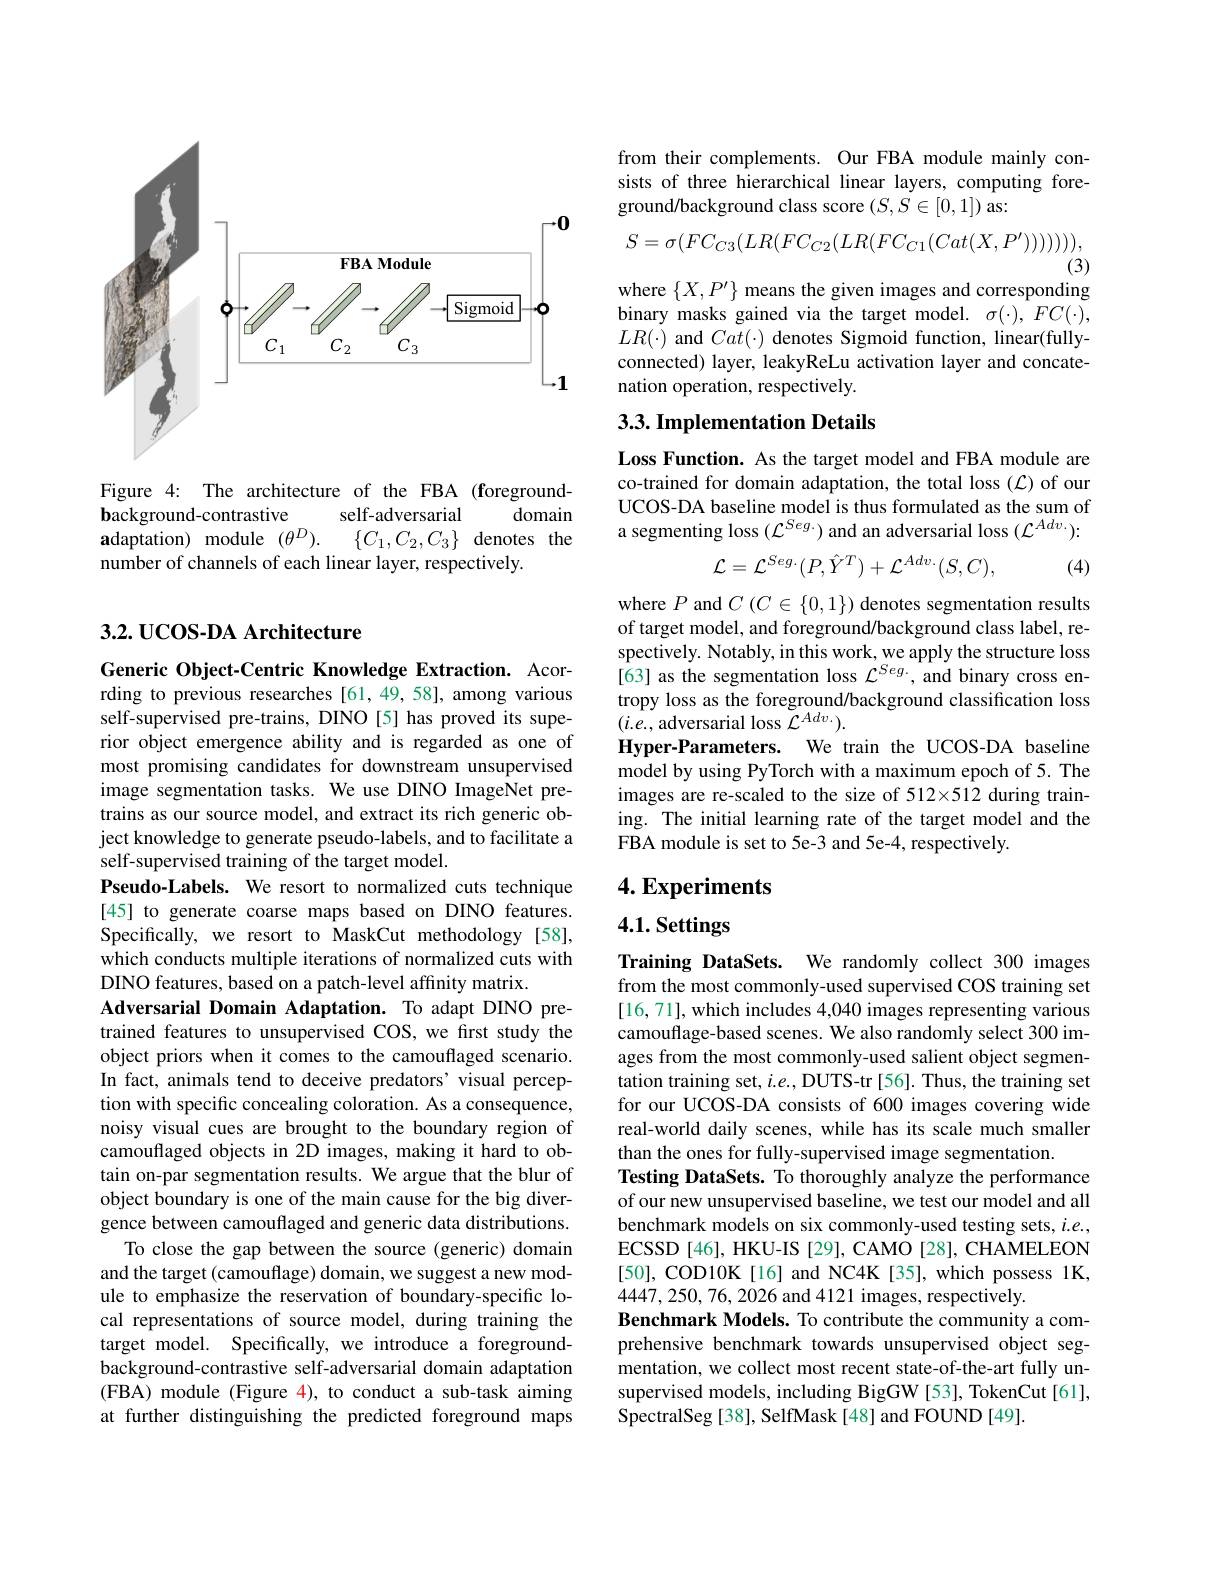
<FigureHere>

Figure 4: The architecture of the FBA (foreground-
self-adversarial
background-contrastive
domain
$\mathbf{adaptation})$ module$( \theta ^D) .$ $\{ C_1, C_2, C_3\}$ denotes the
number of channels of each linear layer, respectively.

## 3.2. UCOS-DA Architecture

Generic Object-Centric Knowledge Extraction. Acorrding to previous researches [61,49,58], among various self-supervised pre-trains, DINO[5] has proved its superior object emergence ability and is regarded as one of most promising candidates for downstream unsupervised image segmentation tasks. We use DINO ImageNet pretrains as our source model, and extract its rich generic object knowledge to generate pseudo-labels, and to facilitate a self-supervised training of the target model.
Pseudo-Labels. We resort to normalized cuts technique [45] to generate coarse maps based on DINO features. Specifically, we resort to MaskCut methodology[58], which conducts multiple iterations of normalized cuts with DINO features, based on a patch-level affinity matrix.
Adversarial Domain Adaptation. To adapt DINO pretrained features to unsupervised COS, we first study the object priors when it comes to the camouflaged scenario. In fact, animals tend to deceive predators' visual perception with specific concealing coloration. As a consequence, noisy visual cues are brought to the boundary region of camouflaged objects in 2D images, making it hard to obtain on-par segmentation results. We argue that the blur of object boundary is one of the main cause for the big divergence between camouflaged and generic data distributions.
To close the gap between the source (generic) domain and the target (camouflage) domain, we suggest a new module to emphasize the reservation of boundary-specific local representations of source model, during training the target model. Specifically, we introduce a foregroundbackground-contrastive self-adversarial domain adaptation (FBA) module (Figure $\color{red}{4}$),to conduct a sub-task aiming at further distinguishing the predicted foreground maps

from their complements. Our FBA module mainly consists of three hierarchical linear layers, computing foreground/background class score $(S,S\in[0,1])$ as:
$$S=\sigma(FC_{C3}(LR(FC_{C2}(LR(FC_{C1}(Cat(X,P^{\prime})))))))$$
(3)
where $\{X,P^{\prime}\}$ means the given images and corresponding

binary masks gained via the target model. $\sigma(\cdot),FC(\cdot)$, $LR(\cdot)$ and $Cat(\cdot)$ denotes Sigmoid function, linear(fullyconnected) layer, leakyReLu activation layer and concatenation operation, respectively.

## 3.3. Implementation Details

Loss Function. As the target model and FBA module are co-trained for domain adaptation, the total loss ({L}) of our UCOS-DA baseline model is thus formulated as the sum of a segmenting loss $(\mathcal{L}^Seg.)$ and an adversarial loss $(\mathcal{L}^Adv.):$
$$\mathcal{L}=\mathcal{L}^{Seg.}(P,\hat{Y}^{T})+\mathcal{L}^{Adv.}(S,C),$$
(4)

where $P$ and $C(C\in\{0,1\})$ denotes segmentation results of target model, and foreground/background class label, respectively. Notably, in this work, we apply the structure loss [63] as the segmentation loss $\mathcal{L}^Seg.$, and binary cross entropy loss as the foreground/background classification loss $(i.e.$, adversarial loss $\tilde{\mathcal{L}}^Adv.).$
Hyper-Parameters. We train the UCOS-DA baseline model by using PyTorch with a maximum epoch of 5. The images are re-scaled to the size of 512×512 during training. The initial learning rate of the target model and the FBA module is set to 5e-3 and 5e-4, respectively

### $4. \textbf{Experiments}$

# 4.1. Settings

Training DataSets. We randomly collect 300 images from the most commonly-used supervised COS training set [16,71],which includes 4,040 images representing various camouflage-based scenes. We also randomly select 300 images from the most commonly-used salient object segmentation training set, $i.e.$, DUTS-tr [56]. Thus, the training set for our UCOS-DA consists of 600 images covering wide real-world daily scenes, while has its scale much smaller than the ones for fully-supervised image segmentation.
Testing DataSets. To thoroughly analyze the performance of our new unsupervised baseline, we test our model and all benchmark models on six commonly-used testing sets, $i.e.$, ECSSD[46], HKU-IS[29], CAMO[28], CHAMELEON [50], COD10K [16] and NC4K [35], which possess 1K, 4447,250,76,2026 and 4121 images, respectively.
Benchmark Models. To contribute the community a comprehensive benchmark towards unsupervised object segmentation, we collect most recent state-of-the-art fully unsupervised models, including BigGW [53], TokenCut [61], SpectralSeg[38], SelfMask[48] and FOUND[49]